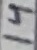
Text: 14